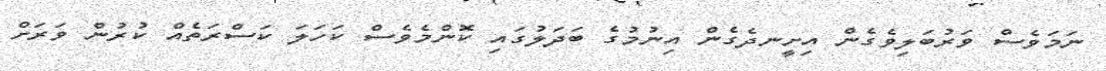
ނަމަވެސް ވަރުބަލިވެގެން އިށީނދެގެން އިނުމުގެ ބަދަލުގައި ކޮންމެވެސް ކަހަލަ ކަސްރަތެއް ކުރުން ވަރަށް